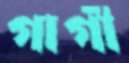
গার্গী